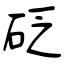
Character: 砭